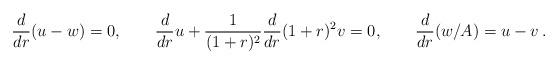
LaTeX: \begin{align*}{d\over dr} (u-w)=0,\qquad{d\over dr}u+{1\over (1+r)^2}{d\over dr}(1+r)^2 v =0,\qquad{d\over dr}(w/A)=u-v \,.\end{align*}